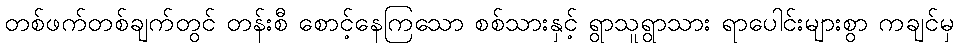
တစ်ဖက်တစ်ချက်တွင် တန်းစီ စောင့်နေကြသော စစ်သားနှင့် ရွာသူရွာသား ရာပေါင်းများစွာ ကချင်မှ